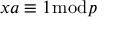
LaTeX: x a \equiv 1 { \bmod { p } }